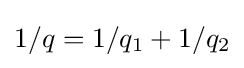
1/q=1/q_{1}+1/q_{2}